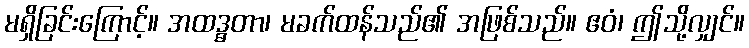
မရှိခြင်းကြောင့်။ အထဒ္ဓတာ၊ မခက်ထန်သည်၏ အဖြစ်သည်။ ဧဝံ၊ ဤသို့လျှင်။